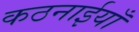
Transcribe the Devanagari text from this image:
कठनाईयाँ